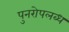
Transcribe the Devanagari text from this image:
पुनरोपलब्ध